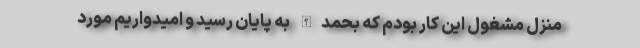
منزل مشغول این کار بودم که بحمدالله به پایان رسید و امیدواریم مورد